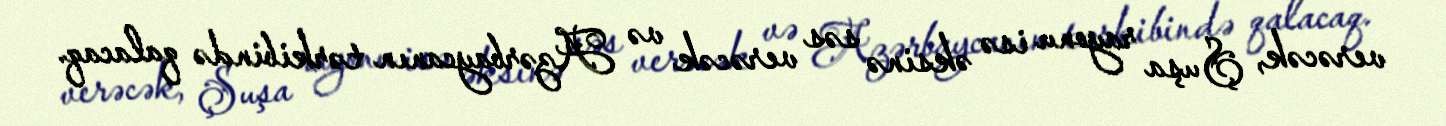
verəcək, Şuşa rayonu isə əksinə səs verəcək və Azərbaycanın tərkibində qalacaq.